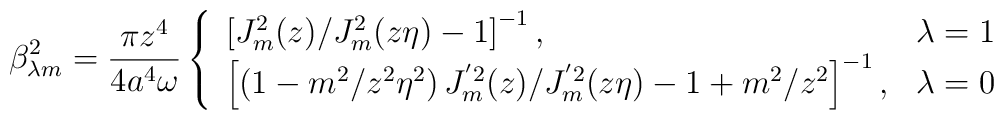
\beta _{\lambda m}^2=\frac{\pi z^4}{4a^4\omega }\left\{ \begin{array}{ll}\left[ J_m^2(z)/J_m^2(z\eta )-1\right] ^{-1}, & \lambda =1 \\\left[ \left( 1-m^2/z^2\eta ^2\right)J_m^{'2}(z)/J_m^{'2}(z\eta )-1+m^2/z^2\right] ^{-1}, & \lambda =0\end{array} \right.